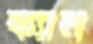
ক্যান